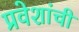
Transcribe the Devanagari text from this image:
प्रवेशांची